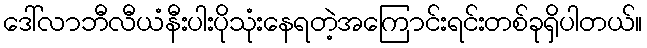
ဒေါ်လာဘီလီယံနီးပါးပိုသုံးနေရတဲ့အကြောင်းရင်းတစ်ခုရှိပါတယ်။